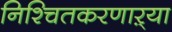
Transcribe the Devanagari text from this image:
निश्चितकरणाऱ्या